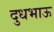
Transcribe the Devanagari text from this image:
दुधभाऊ